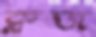
ক্লজ